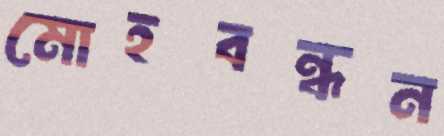
মোহবন্ধন